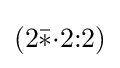
(2{\bar {*}}{\cdot }2{:}2)